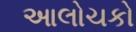
આલોચકો